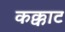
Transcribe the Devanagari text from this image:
कक्काट